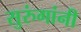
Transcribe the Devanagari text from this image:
सुरुंगांनी